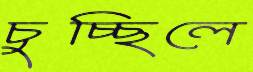
চুচ্ছিলে